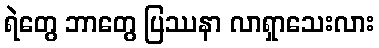
ရဲတွေ ဘာတွေ ပြဿနာ လာရှာသေးလား